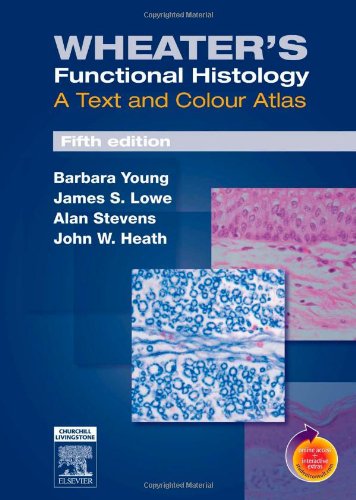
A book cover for Wheater's Functional Histology: A Text and Colour Atlas, 5th Edition; Barbara Young; Medical Books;